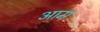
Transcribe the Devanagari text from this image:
अाम